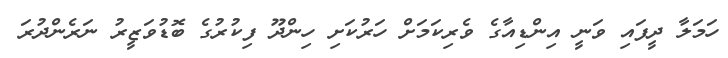
ހަމަލާ ދީފައި ވަނީ އިންޑިއާގެ ވެރިކަމަށް ހަރުކަށި ހިންދޫ ފިކުރުގެ ބޮޑުވަޒީރު ނަރެންދުރަ